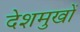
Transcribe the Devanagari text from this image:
देशमुखों